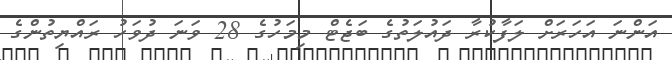
އަންނަ އަހަރަށް ލަފާކުރާ ދައުލަތުގެ ބަޖެޓް މިމަހުގެ 28 ވަނަ ދުވަހު ރައްޔިތުންގެ